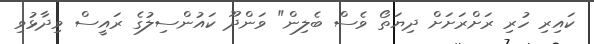
ކައިރި ހުރި ރަށްރަށަށް ދިޔަތޯ ވެސް ބެލިން" ވަންދޫ ކައުންސިލުގެ ރައީސް ވިދާޅުވި